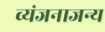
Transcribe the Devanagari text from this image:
व्यंजनाजन्य